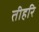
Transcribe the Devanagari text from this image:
तीहरि